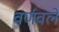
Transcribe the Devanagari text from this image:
वर्णवले